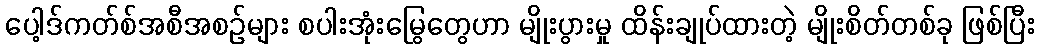
ပေါ့ဒ်ကတ်စ်အစီအစဉ်များ စပါးအုံးမြွေတွေဟာ မျိုးပွားမှု ထိန်းချုပ်ထားတဲ့ မျိုးစိတ်တစ်ခု ဖြစ်ပြီး